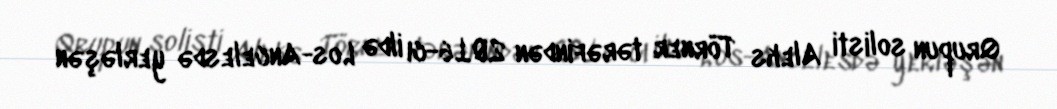
Qrupun solisti Aleks Törner tərəfindən 2016-cı ildə Los-Ancelesdə yerləşən